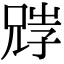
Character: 𡥺